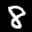
Label: 8